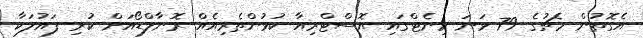
އެގޮތުން މެޗުގެ 79 ވަނަ މިނެޓްގައި އޮސްޓްރިއާ ކުޅުންތެރިއެއް ރޮނާލްޑޯއަށް ކުރި ފައުލަކާ